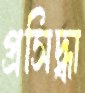
প্রসিদ্ধা